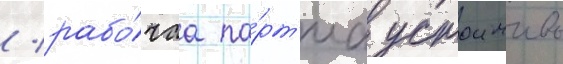
/ рабо́чаа па́рт'иа устоичиво